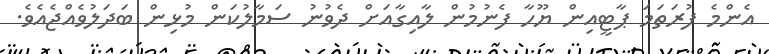
އެންމެ ފުރަތަމަ ޕާޓީއިން ޔޫހާ ފެނުމުން ލާއިގާއަށް ދެވުނު ސަމާލުކަން މުޅިން ބަދަލުވެއްޖެއެވެ.